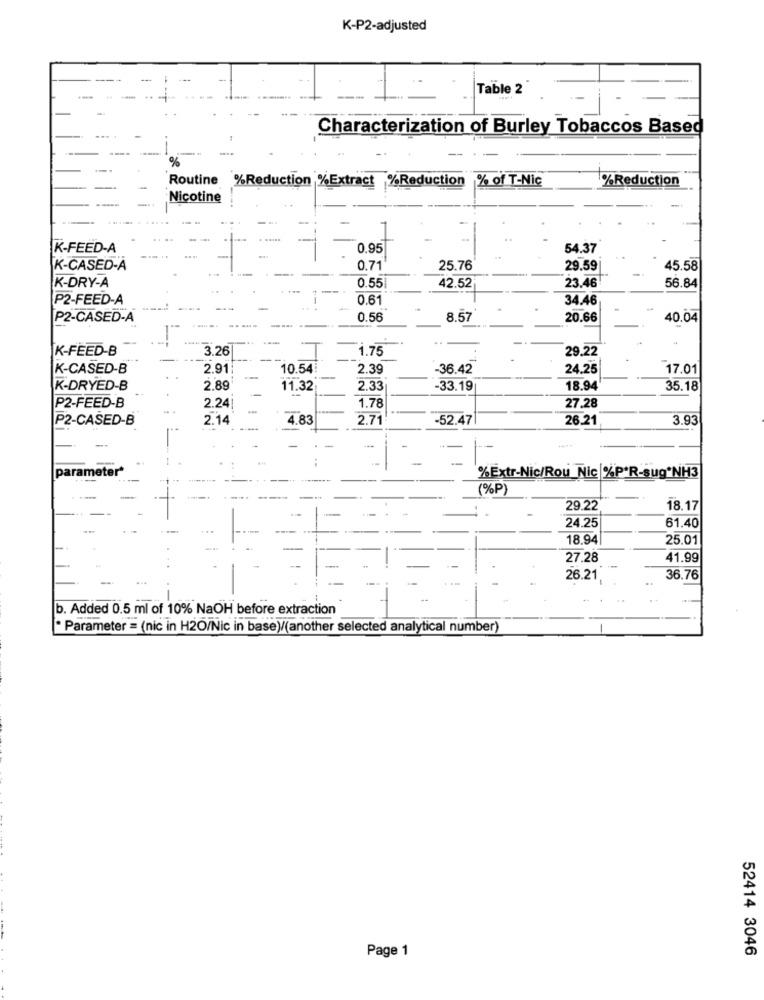
K-P2-adjusted
Table 2
Characterization of Burley Tobaccos Based
-.
%
Routine
% of T-Nic
%Reduction
%Reduction %Extract %Reduction
Nicotine
K-FEED-A
0.95
54.37
K-CASED-A
0.71
25.76
29.59
45.58
K-DRY-A
0.55
42.52
23.46
56.84
P2-FEED-A
0.61
34.46
P2-CASED-A
0.56
8.57
20.66
40.04
-
K-FEED-B
3.26
29.22
1.75
K-CASED-B
2.91
10.54
2.39
-36.42
24.25
17.01
K-DRYED-B
2.89
11.32
2.33
-33.19
18.94
35.18
P2-FEED-B
.. .
2.24
1.78
27,28
P2-CASED-B
2.14
4.83
2.71
-52.47
26.21
3.93
parameter*
%Extr-Nic/Rou_Nic %P'R-sug*NH3
(%P)
29.22
18.17
24.25
61.40
18.94
25.01
27.28
41.99
26.21
36.76
b. Added 0.5 ml of 10% NaOH before extraction
* Parameter = (nic in H2O/Nic in base)/(another selected analytical number)
Page 1
52414 3046